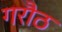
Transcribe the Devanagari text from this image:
गरौठ